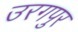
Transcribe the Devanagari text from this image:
उरगपुर